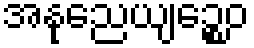
အနုညေယျဉ္စေဝ